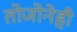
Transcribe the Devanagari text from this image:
तोजोनेही